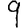
Digit: 9